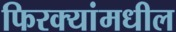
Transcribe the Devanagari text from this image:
फिरक्यांमधील